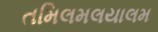
તમિલમલયાલમ